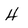
Character: H